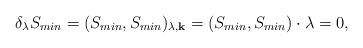
\begin{align*}\delta_{\lambda} S_{min} = (S_{min},S_{min})_{\lambda,{\bf k}} = ( S_{min} , S_{min} ) \cdot \lambda = 0,\end{align*}